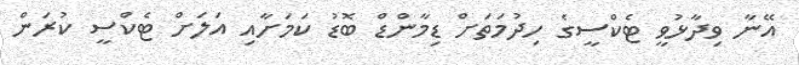
އޭނާ ވިދާޅުވީ ޓެކްސީގެ ހިދުމަތަށް ޑިމާންޑް ބޮޑު ކަމަށާއި އަލަށް ޓެކްސީ ކުރަން